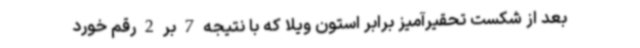
بعد از شکست تحقیرآمیز برابر استون ویلا که با نتیجه 7 بر 2 رقم خورد